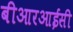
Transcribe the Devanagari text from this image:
बीआरआईसी